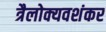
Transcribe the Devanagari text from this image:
त्रैलोक्यवशंकर